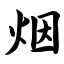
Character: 烟